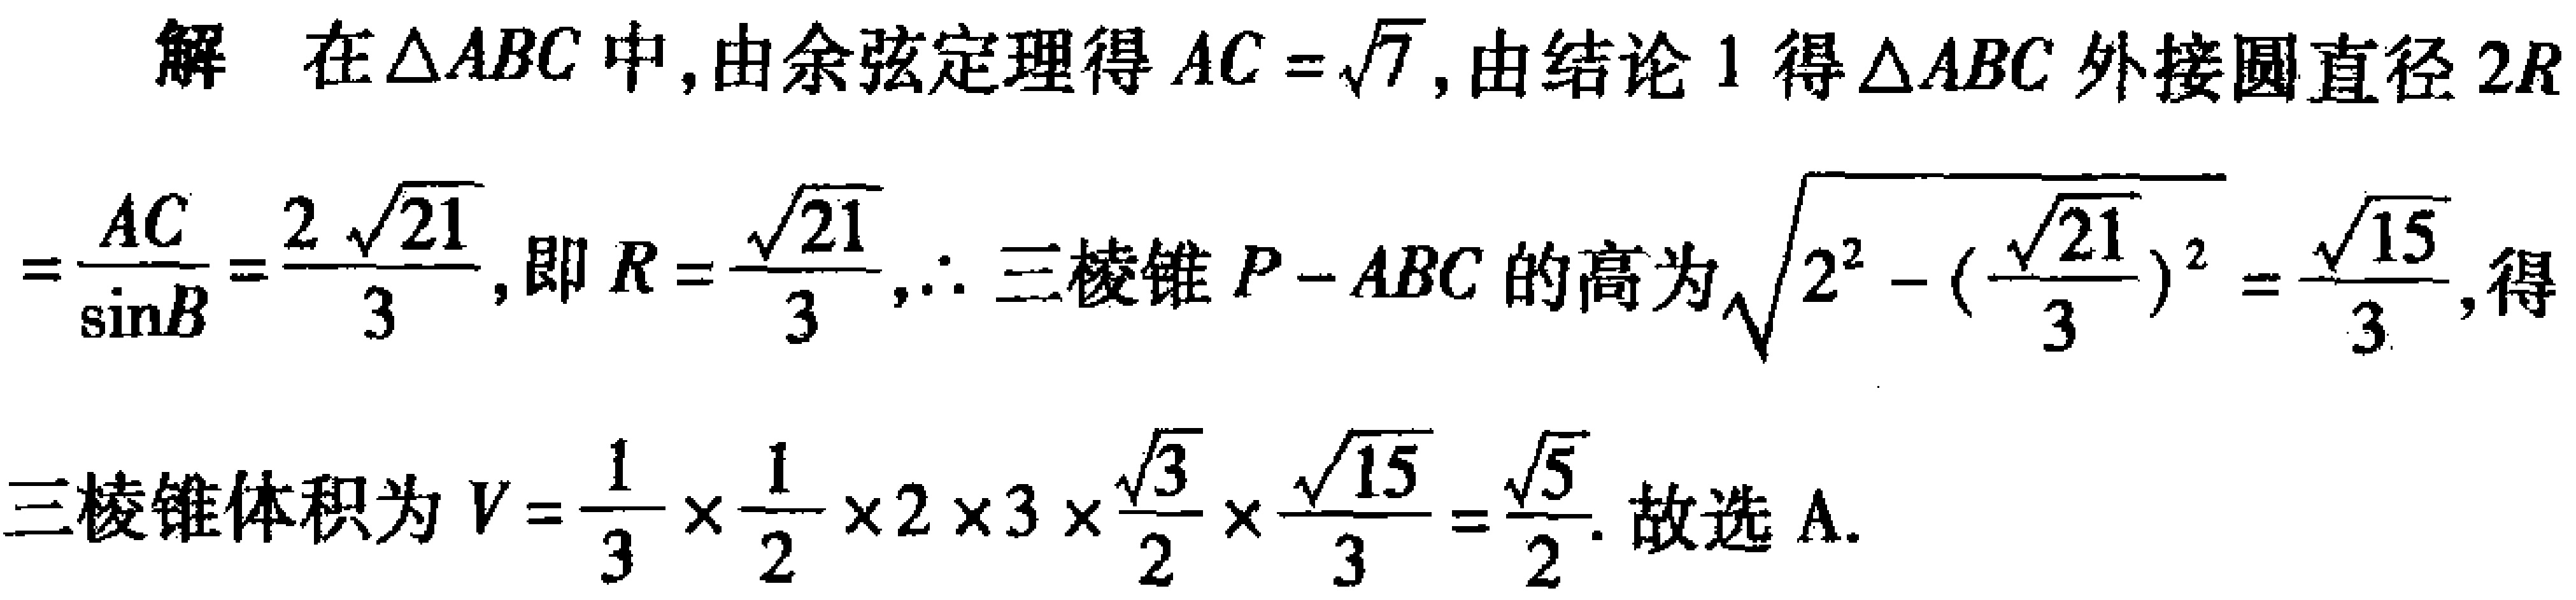
解 在\(\triangle ABC\)中,由余弦定理得\(AC = \sqrt{7}\),由结论1得\(\triangle ABC\)外接圆直径\(2R=\frac{AC}{\sin B}=\frac{2\sqrt{21}}{3}\),即\(R = \frac{\sqrt{21}}{3}\),\(\therefore\)三棱锥\(P - ABC\)的高为\(\sqrt{2^{2} - (\frac{\sqrt{21}}{3})^{2}}=\frac{\sqrt{15}}{3}\),得
三棱锥体积为\(V=\frac{1}{3}\times\frac{1}{2}\times2\times3\times\frac{\sqrt{3}}{2}\times\frac{\sqrt{15}}{3}=\frac{\sqrt{5}}{2}\). 故选A.